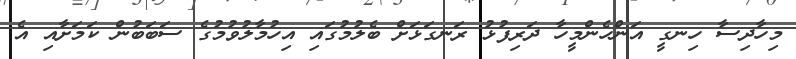
މިހާދިސާ ހިނގީ އަންހެންމީހާ ދަރިފުޅު ރަނގަޅަށް ބެލުމުގައި އިހުމާލުވުމުގެ ސަބަބުން ކަމަށާއި އެ